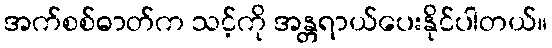
အက်စစ်ဓာတ်က သင့်ကို အန္တရာယ်ပေးနိုင်ပါတယ်။